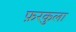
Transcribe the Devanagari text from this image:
फ़रकुला